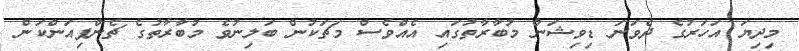
މިދިޔަ އަހަރުގެ ދެވަނަ ޑިވިޝަން މުބާރާތުގައި އެއްވެސް މަޗަކުން ބަލިނުވެ މުބާރާތުގެ ޗެންޕިއަންކަން